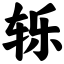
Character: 轹